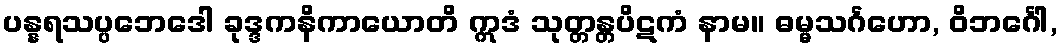
ပန္နရသပ္ပဘေဒေါ ခုဒ္ဒကနိကာယောတိ ဣဒံ သုတ္တန္တပိဋကံ နာမ။ ဓမ္မသင်္ဂဟော, ဝိဘင်္ဂေါ,